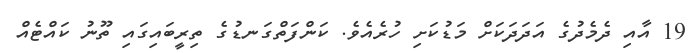
19 އާއި ދެމެދުގެ އަދަދަަކަށް މަޑުކަށި ހުރެއެވެ. ކަންފަތްގަނޑުގެ ތިރީބައިގައި ތޫނު ކައްޓެއް